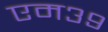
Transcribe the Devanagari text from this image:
एम३९